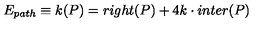
E _ { p a t h } \equiv k ( P ) = r i g h t ( P ) + 4 k \cdot i n t e r ( P )